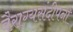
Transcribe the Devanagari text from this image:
वैराग्यसंदीपनी